Reports on dispensaries and lunatic asylums in the Province of Oudh - 1869-1876
Year: 1869
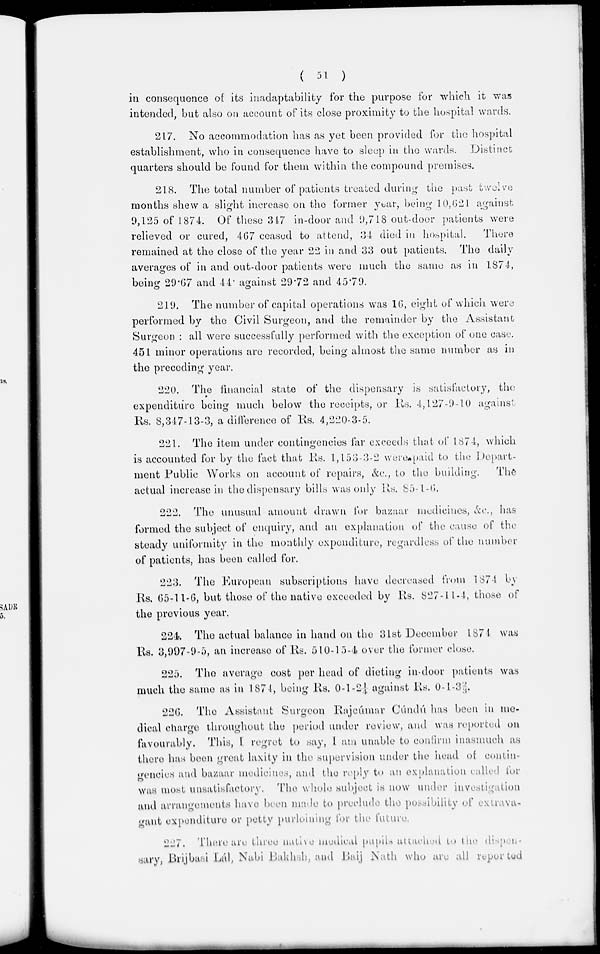
( 51 )
in consequence of its inadaptability for the purpose for which it was
intended, but also on account of its close proximity to the hospital wards.
217. No accommodation has as yet been provided for the hospital
establishment, who in consequence have to sleep in the wards.
Distinct
quarters should be found for them within the compound premises.
218. The total number of patients treated during the past twelve
months shew a slight increase on the former year, being 10,621 against
9,125 of 1874. Of these 347 in-door and 9,718 out-door patients were
relieved or cured, 467 ceased to attend, 34 died in hospital.
There
remained at the close of the year 22 in and 33 out patients. The daily
averages of in and out-door patients were much the same as in 1874,
being 29.67 and 44 against 29.72 and 45.79.
219. The number of capital operations was 16, eight of which were
performed by the Civil Surgeon, and the remainder by the Assistant
Surgeon : all were successfully performed with the exception of one case.
451 minor operations are recorded, being almost the same number as in
the preceding year.
220. The financial state of the dispensary is satisfactory, the
expenditure being much below the receipts, or Rs. 4,127-9-10 against
Rs. 8,347-13-3, a difference of Rs. 4,220-3-5.
221. The item under contingencies far exceeds that of 1874, which
is accounted for by the fact that Rs. 1,153-3-2 were paid to the Depart
ment Public Works on account of repairs, &c., to the building.
The
actual increase in the dispensary bills was only Rs. 85-1-6.
222. The unusual amount drawn for bazaar medicines, &c., has
formed the subject of enquiry, and an explanation of the cause of the
steady uniformity in the monthly expenditure, regardless of the number
of patients, has been called for.
223. The European subscriptions have decreased from 1874 by
Rs. 65-11-6, but those of the native exceeded by Rs. 827-11-4, those of
the previous year.
224. The actual balance in hand on the 31st December 1874 was
Rs. 3,997-9-5, an increase of Rs. 510-15-4 over the former close.
225. The average cost per head of dieting in-door patients was
much the same as in 1874, being Rs. 0-1-2¼ against Rs. 0-1-3⅔.
226. The Assistant Surgeon Rajcúmar Cúndú has been in me
dical charge throughout the period under review, and was reported on
favourably. This, I regret to say, I am unable to confirm inasmuch as
there has been great laxity in the supervision under the head of contin
gencies and bazaar medicines, and the reply to an explanation called for
was most unsatisfactory.
The whole subject is now under investigation
and arrangements have been made to preclude the possibility of extrava
gant expenditure or petty purloining for the future.
227. There are three native medical pupils attached to the dispensary,
Brijbasi
Lál, Nabi Bakhsh, and Baij Nath who are all reported